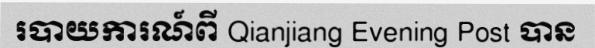
របាយការណ៍ពី Qianjiang Evening Post បាន